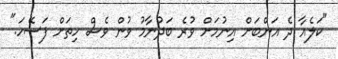
"ކަލެއާ ދެ އަންބަށް އިނުމަށް ވުރެ ބަދުނާމު ވުން ވެސް ހިތަށް ފަސޭހަ."